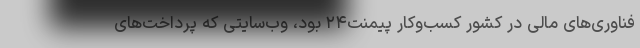
فناوری‌های مالی در کشور کسب‌وکار پیمنت۲۴ بود، وب‌سایتی که پرداخت‌های